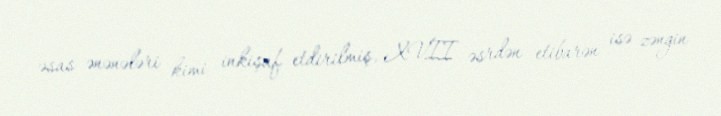
əsas ənənələri kimi inkişaf etdirilmiş, XVII əsrdən etibarən isə zəngin